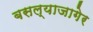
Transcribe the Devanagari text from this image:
बसल्याजागेर